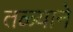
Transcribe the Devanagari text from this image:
तळ्याने